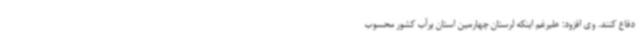
دفاع کنند. وی افزود: علیرغم اینکه لرستان چهارمین استان پرآب کشور محسوب